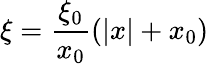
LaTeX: \xi=\frac{\xi_{0}}{x_{0}}\left(|x|+x_{0}\right)